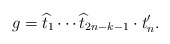
\begin{align*}g=\widehat{ t}_1\cdots \widehat{ t}_{2n-k-1}\cdot t_n'.\end{align*}